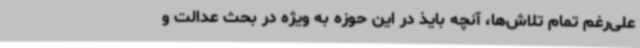
علی‌رغم تمام تلاش‌ها، آنچه بایذ در این حوزه به ویژه در بحث عدالت و